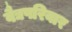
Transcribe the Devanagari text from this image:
वैद्यपरिवार